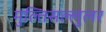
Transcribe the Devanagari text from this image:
मुल्तिसल्लुलर